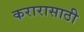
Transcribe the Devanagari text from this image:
करारासाठी